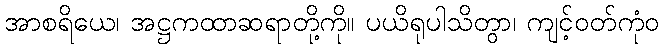
အာစရိယေ၊ အဋ္ဌကထာဆရာတို့ကို။ ပယိရုပါသိတွာ၊ ကျင့်ဝတ်ကုံဝ